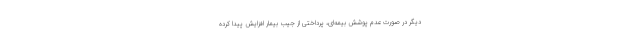
دیگر در صورت‌ عدم پوشش بیمه‌ای، پرداختی از جیب بیمار افزایش پیدا کرده